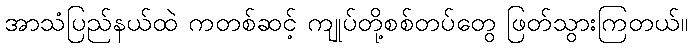
အာသံပြည်နယ်ထဲ ကတစ်ဆင့် ကျုပ်တို့စစ်တပ်တွေ ဖြတ်သွားကြတယ်။